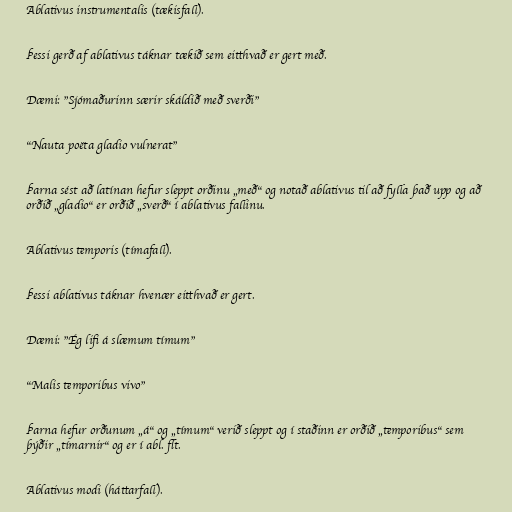
Ablativus instrumentalis (tækisfall).

Þessi gerð af ablativus táknar tækið sem eitthvað er gert með.

Dæmi: "Sjómaðurinn særir skáldið með sverði"

"Nauta poëta gladio vulnerat"

Þarna sést að latínan hefur sleppt orðinu „með“ og notað ablativus til að fylla það upp og að
orðið „gladio“ er orðið „sverð“ í ablativus fallinu.

Ablativus temporis (tímafall).

Þessi ablativus táknar hvenær eitthvað er gert.

Dæmi: "Ég lifi á slæmum tímum"

"Malis temporibus vivo"

Þarna hefur orðunum „á“ og „tímum“ verið sleppt og í staðinn er orðið „temporibus“ sem
þýðir „tímarnir“ og er í abl. flt.

Ablativus modi (háttarfall).